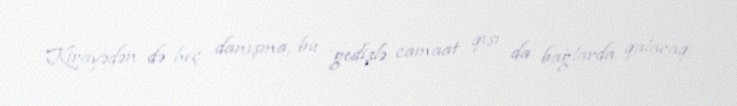
Kirayədən də heç danışma, bu gedişlə camaat qışı da bağlarda qalacaq,